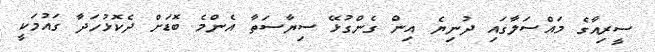
ސީރިއާގެ މައްސަލާގައި ދުނިޔެ އިން ގެންގުޅޭ ސިޔާސަތާ އެންމެ ބޮޑަށް ދެކޮޅުހަދާ ގައުމަކީ